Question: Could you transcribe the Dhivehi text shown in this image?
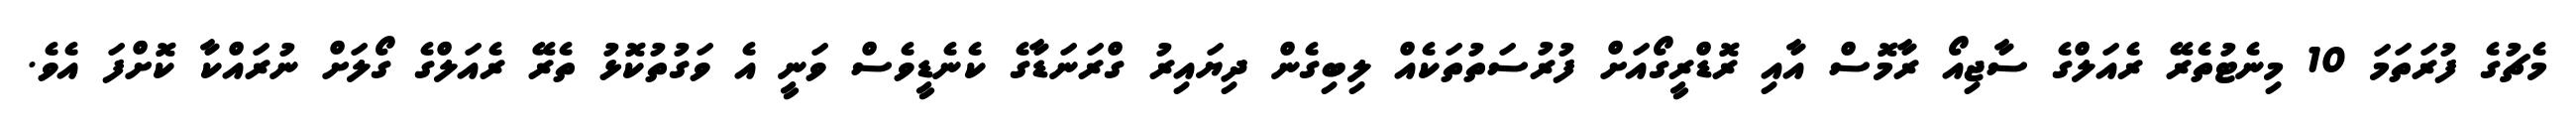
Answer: މެޗުގެ ފުރަތަމަ 10 މިނެޓުތެރޭ ރެއަލްގެ ސާޖިއޯ ރާމޮސް އާއި ރޮޑްރީގޯއަށް ފުރުސަތުތަކެއް ލިބިގެން ދިޔައިރު ގްރަނަޑާގެ ކެނެޑީވެސް ވަނީ އެ ވަގުތުކޮޅު ތެރޭ ރެއަލްގެ ގޯލަށް ނުރައްކާ ކޮށްފަ އެވެ.